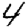
Digit: 4